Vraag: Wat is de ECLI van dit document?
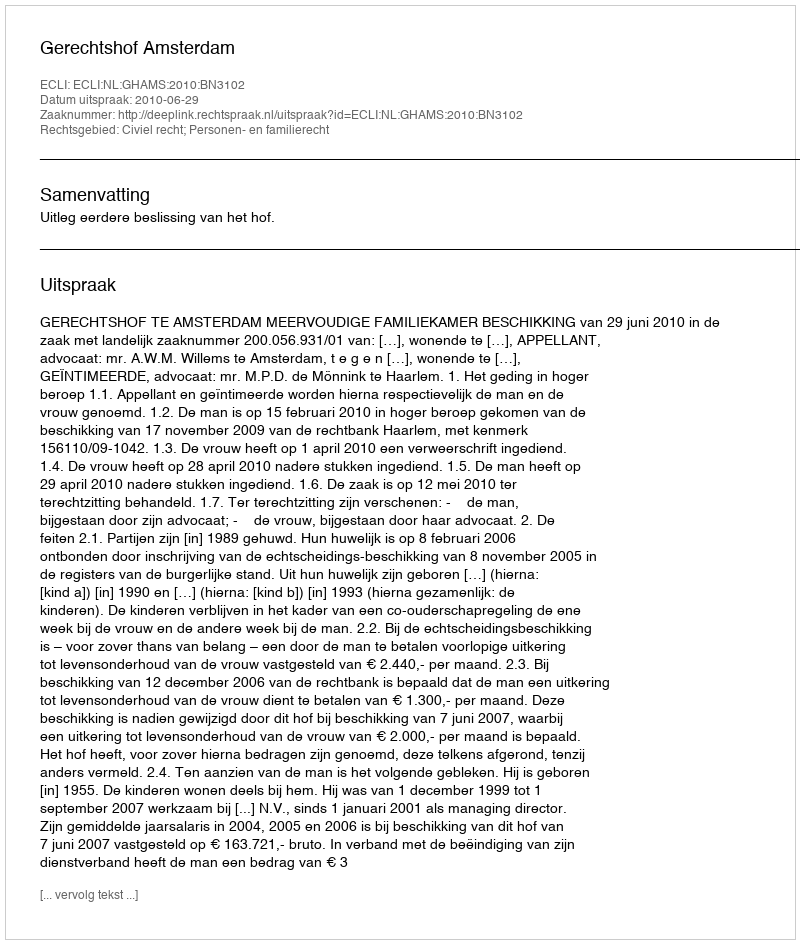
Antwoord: ECLI:NL:GHAMS:2010:BN3102